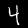
Digit: 4